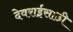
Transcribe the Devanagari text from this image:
देवराईसाठी